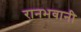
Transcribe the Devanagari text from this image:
रानभवानी